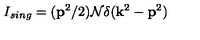
I _ { s i n g } = ( { \bf p } ^ { 2 } / 2 ) { \cal N } \delta ( { \bf k } ^ { 2 } - { \bf p } ^ { 2 } )